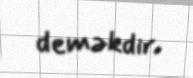
deməkdir.